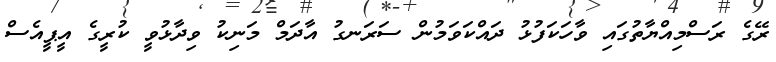
ރޭގެ ރަސްމިއްޔާތުގައި ވާހަކަފުޅު ދައްކަވަމުން ސަރަނގު އާދަމް މަނިކު ވިދާޅުވީ ކުރީގެ އީޕީއެސް